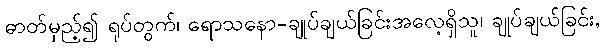
ဓာတ်မှည့်၍ ရုပ်တွက်၊ ရောသနော-ချုပ်ချယ်ခြင်းအလေ့ရှိသူ၊ ချုပ်ချယ်ခြင်း,